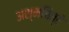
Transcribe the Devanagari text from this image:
अश्मचित्रे